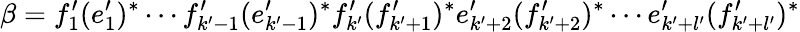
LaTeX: \beta=f_{1}^{\prime}(e_{1}^{\prime})^{*}\cdots f_{k^{\prime}-1}^{\prime}(e_{k^{\prime}-1}^{\prime})^{*}f_{k^{\prime}}^{\prime}(f_{k^{\prime}+1}^{\prime})^{*}e_{k^{\prime}+2}^{\prime}(f_{k^{\prime}+2}^{\prime})^{*}\cdots e_{k^{\prime}+l^{\prime}}^{\prime}(f_{k^{\prime}+l^{\prime}}^{\prime})^{*}